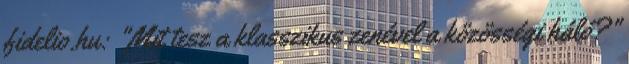
fidelio.hu: "Mit tesz a klasszikus zenével a közösségi háló?"